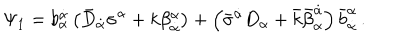
\Psi _ { 1 } = b _ { \alpha } ^ { \dot { \alpha } } \left( \bar { D } _ { \dot { \alpha } } \sigma ^ { \alpha } + k \beta _ { \dot { \alpha } } ^ { \alpha } \right) + \left( \bar { \sigma } ^ { \dot { \alpha } } D _ { \alpha } + \bar { k } \bar { \beta } _ { \alpha } ^ { \dot { \alpha } } \right) \bar { b } _ { \dot { \alpha } } ^ { \alpha } \, .